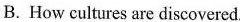
B. How cuitures are discovered.